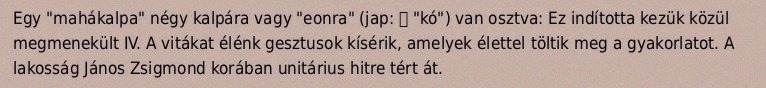
Egy "mahákalpa" négy kalpára vagy "eonra" (jap: 劫 "kó") van osztva: Ez indította kezük közül megmenekült IV. A vitákat élénk gesztusok kísérik, amelyek élettel töltik meg a gyakorlatot. A lakosság János Zsigmond korában unitárius hitre tért át.